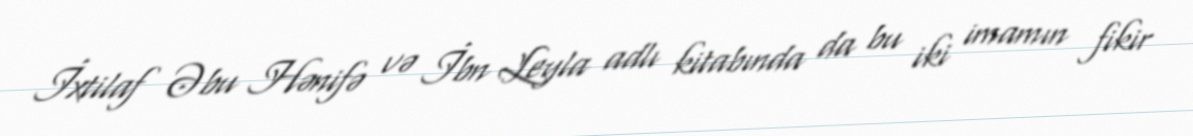
İxtilaf Əbu Hənifə və İbn Leyla adlı kitabında da bu iki imamın fikir